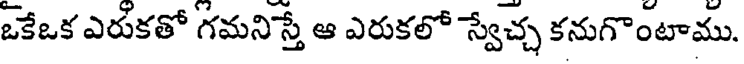
ఒకేఒక ఎరుకతో గమనిస్తే ఆ ఎరుకలో స్వేచ్చ కనుగొంటాము.